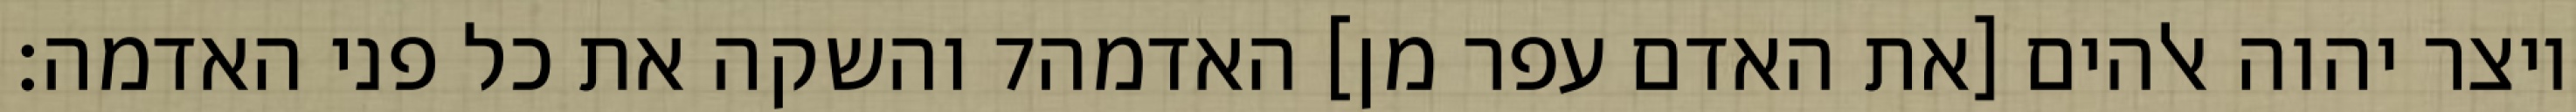
והשקה את כל פני האדמה׃ ‎7‏ ויצר יהוה אלהים [את האדם עפר מן] האדמה